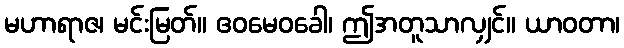
မဟာရာဇ၊ မင်းမြတ်။ ဧဝမေဝခေါ၊ ဤအတူသာလျှင်။ ယာဝတာ၊